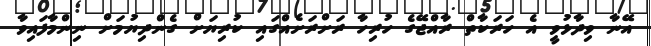
އޭނާ ވިދާޅުވީ އެ ހަރަކާތް ރާއްޖޭގެ ހުރިހާ ރަށްރަށެއްގައި ކުރިޔަށް ގެންދިޔުމަށް ނިންމާފައިވާ